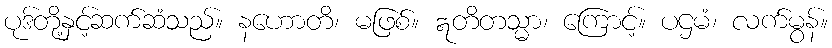
ပုဒ်တို့နှင့်ဆက်ဆံသည်။ နဟောတိ၊ မဖြစ်။ ဣတိတသ္မာ၊ ကြောင့်။ ပဌမံ၊ လက်မွန်။